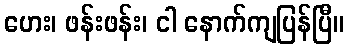
ဟေး၊ ဖန်းဖန်း၊ ငါ နောက်ကျပြန်ပြီ။